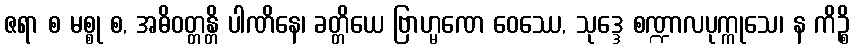
ဇရာ စ မစ္စု စ, အဓိဝတ္တန္တိ ပါဏိနေ၊ ခတ္တိယေ ဗြာဟ္မဏေ ဝေဿေ, သုဒ္ဒေ စဏ္ဍာလပုက္ကုသေ၊ န ကိဉ္စိ